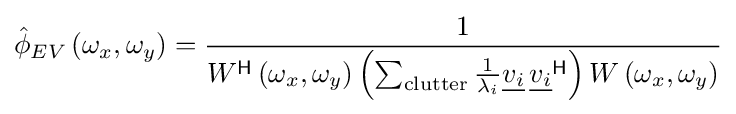
{\hat {\phi }}_{EV}\left(\omega _{x},\omega _{y}\right)={\frac {1}{W^{\mathsf {H}}\left(\omega _{x},\omega _{y}\right)\left(\sum _{\text{clutter}}{\frac {1}{\lambda _{i}}}{\underline {v_{i}}}\,{\underline {v_{i}}}^{\mathsf {H}}\right)W\left(\omega _{x},\omega _{y}\right)}}